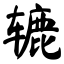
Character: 辘